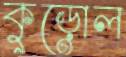
কুড়োল